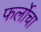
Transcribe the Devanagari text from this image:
फर्लोचा